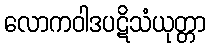
လောကဝါဒပဋိသံယုတ္တာ